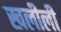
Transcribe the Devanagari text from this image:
खलीली